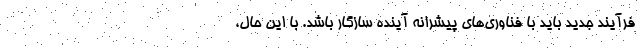
فرآیند جدید باید با فناوری‌های پیشرانه آینده سازگار باشد. با این حال،